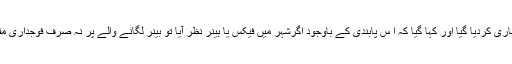
اس فیصلے کی تعمیل کرتے ہوئے کمشنر کی طرف سے فوراً حکمنامہ بھی جاری کردیا گیا اور کہا گیا کہ ا س پابندی کے باوجود اگرشہر میں فیکس یا بینر نظر آیا تو بینر لگانے والے پر نہ صرف فوجداری مقدمہ درج کیا جائے گا بلکہ ایک لاکھ روپے کا جرمانہ بھی عائد کیا جائے گا۔